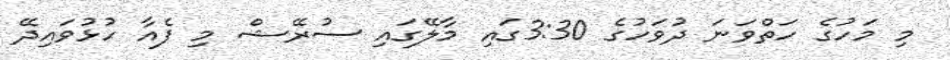
މި މަހުގެ ހަތްވަނަ ދުވަހުގެ 3:30ގައި މާލޭގައި ސުރޭޝް މި ފެއާ ހުޅުވައިދޭ